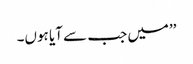
’’میں جب سے آیا ہوں۔